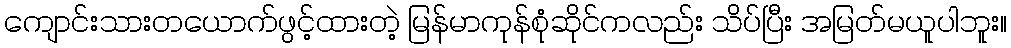
ကျောင်းသားတယောက်ဖွင့်ထားတဲ့ မြန်မာကုန်စုံဆိုင်ကလည်း သိပ်ပြီး အမြတ်မယူပါဘူး။